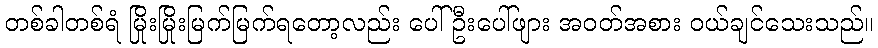
တစ်ခါတစ်ရံ မြိုးမြိုးမြက်မြက်ရတော့လည်း ပေါ်ဦးပေါ်ဖျား အဝတ်အစား ဝယ်ချင်သေးသည်။